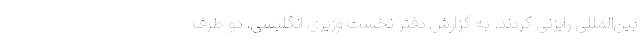
بین‌المللی رایزنی کردند. به گزارش دفتر نخست وزیری انگلیسی، دو طرف